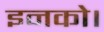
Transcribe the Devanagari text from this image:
इनको।